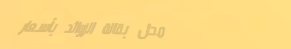
محل بقالة الزوائد بأسعار